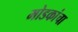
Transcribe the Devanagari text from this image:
मोडकांचा